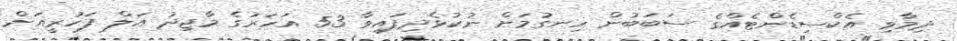
ދިމާވި އެކްސިޑެންޓެއްގެ ސަބަބުން ހިނގުމަށް ނުކުޅެދިފައިވާ 53 އަހަރުގެ މާޖިދު އަލް ފަހުރީއަށް